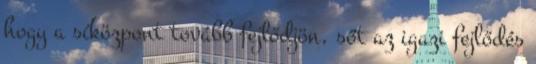
hogy a síközpont tovább fejlődjön, sőt az igazi fejlődés